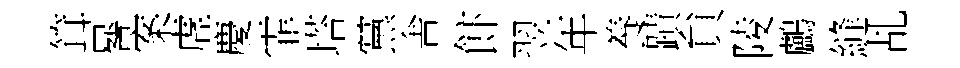
䇯晷案虗慶霏塔黨舎飰翌年養蹟貟陵鸕縫乩